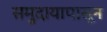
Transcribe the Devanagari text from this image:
समुदायापासून